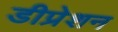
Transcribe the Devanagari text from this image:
डीप्रेशन